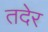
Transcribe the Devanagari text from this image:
तदेर